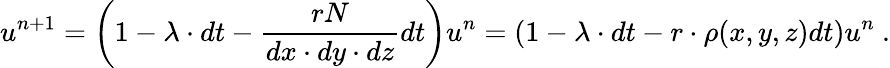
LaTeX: u^{n+1}=\left(1-\lambda\cdot dt-\frac{rN}{dx\cdot dy\cdot dz}dt\right)u^{n}=\left(1-\lambda\cdot dt-r\cdot\rho(x,y,z)dt\right)u^{n}\ .